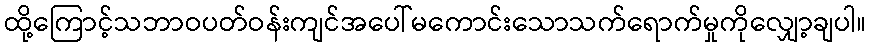
ထို့ကြောင့်သဘာဝပတ်ဝန်းကျင်အပေါ်မကောင်းသောသက်ရောက်မှုကိုလျှော့ချပါ။